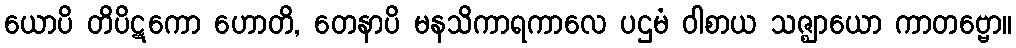
ယောပိ တိပိဋကော ဟောတိ, တေနာပိ မနသိကာရကာလေ ပဌမံ ဝါစာယ သဇ္ဈာယော ကာတဗ္ဗော။